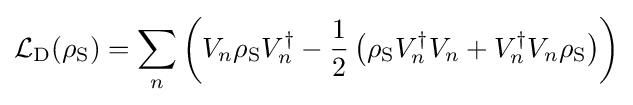
{\cal {L}}_{\rm {D}}(\rho _{\rm {S}})=\sum _{n}\left(V_{n}\rho _{\rm {S}}V_{n}^{\dagger }-{\frac {1}{2}}\left(\rho _{\rm {S}}V_{n}^{\dagger }V_{n}+V_{n}^{\dagger }V_{n}\rho _{\rm {S}}\right)\right)